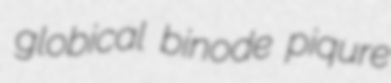
globical binode piqure